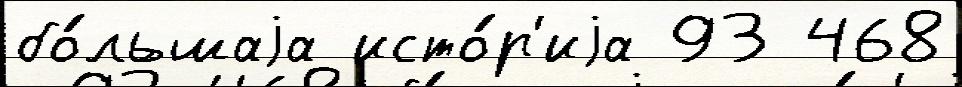
бо́льшаjа исто́р'иjа 93 468